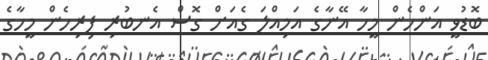
ބޮޑުވީ އަންހެން މީހާ އޭނާގެ އަމިއްލަ ގެއަށް ގޮސް އެނބުރި ފިރިހެން މީހާގެ